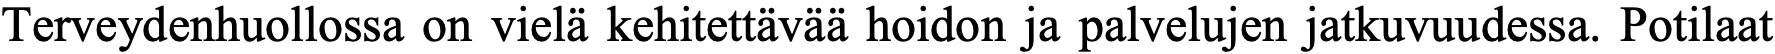
Terveydenhuollossa on vielä kehitettävää hoidon ja palvelujen jatkuvuudessa. Potilaat